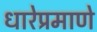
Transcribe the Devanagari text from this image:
धारेप्रमाणे